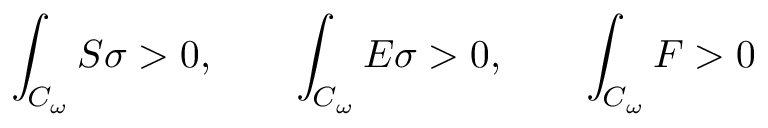
\int _ { { \cal { C } } _ { \omega } } { S \sigma } > 0 , \qquad \int _ { { \cal { C } } _ { \omega } } { { \cal { E } } \sigma } > 0 , \qquad \int _ { { \cal { C } } _ { \omega } } { F } > 0